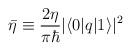
LaTeX: \begin{align*}\bar{\eta} \equiv \frac{2\eta}{\pi\hbar}|\langle 0|q|1\rangle|^{2}\end{align*}